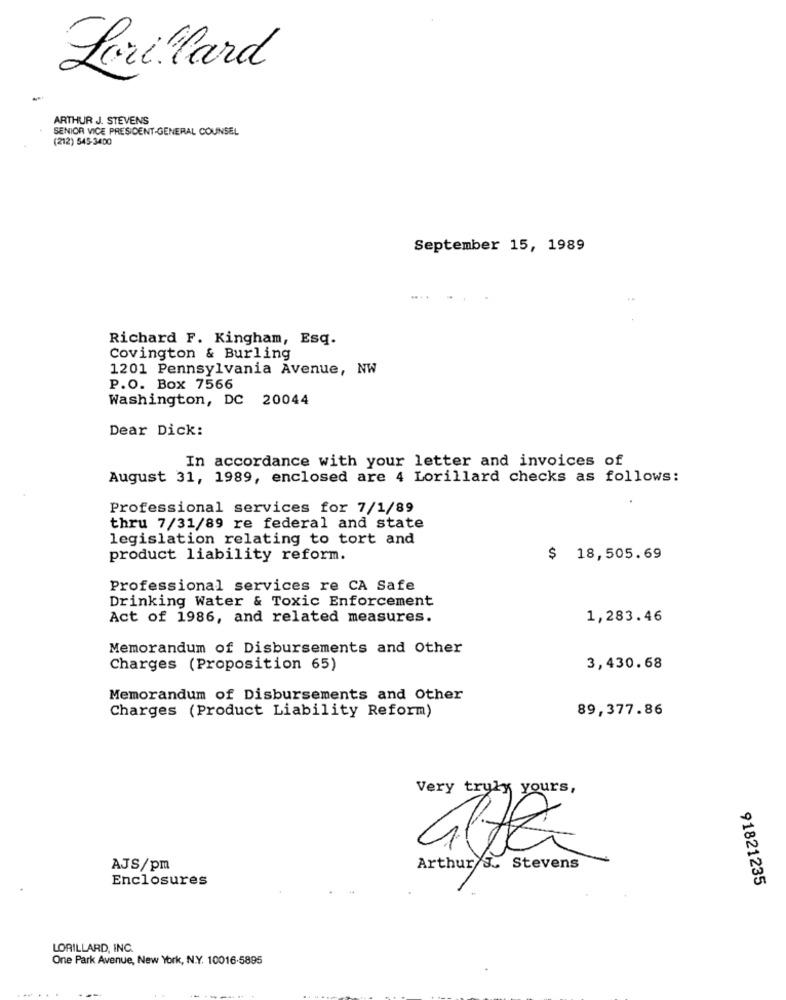
Lorillard
ARTHUR J. STEVENS
SENIOR VICE PRESIDENT-GENERAL COUNSEL
(212) 545-3400
September 15, 1989
Richard F. Kingham, Esq.
Covington & Burling
1201 Pennsylvania Avenue, NW
P.O. Box 7566
Washington, DC 20044
Dear Dick:
In accordance with your letter and invoices of
August 31, 1989, enclosed are 4 Lorillard checks as follows:
Professional services for 7/1/89
thru 7/31/89 re federal and state
legislation relating to tort and
product liability reform.
$ 18,505.69
Professional services re CA Safe
Drinking Water & Toxic Enforcement
Act of 1986, and related measures.
1,283.46
Memorandum of Disbursements and Other
Charges (Proposition 65)
3,430.68
Memorandum of Disbursements and Other
Charges (Product Liability Reform)
89,377.86
Very truly yours,
AJS/pm
Arthur'S .. Stevens
Enclosures
91821235
LORILLARD, INC.
One Park Avenue, New York, N.Y. 10016-5895